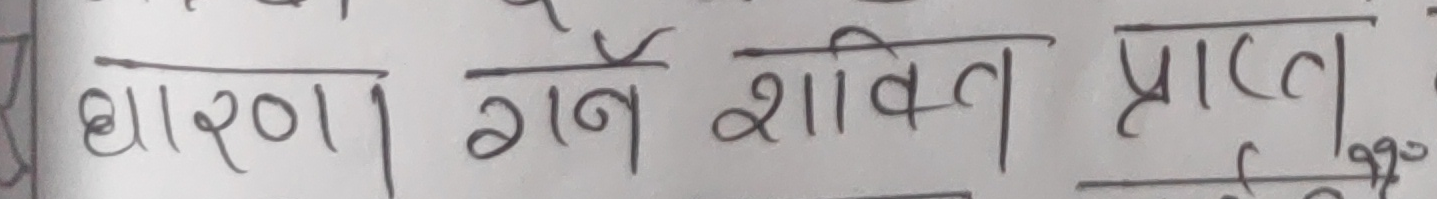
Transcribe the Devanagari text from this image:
धारणा। गर्ने शक्ति प्राप्त